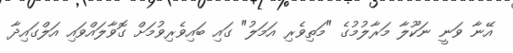
އޭނާ ވަނީ ނަކޫލާ މަރާލުމުގެ "މަތިވެރި އަމަލު" ގައި ބައިވެރިވުމަށް ގޮވާލައްވައި އަލްގައިދާ